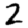
Digit: 2